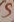
Text: S